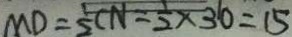
M D = \frac { 1 } { 2 } C N = \frac { 1 } { 2 } \times 3 0 = 1 5